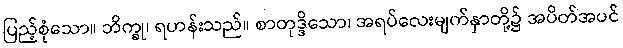
ပြည့်စုံသော။ ဘိက္ခု၊ ရဟန်းသည်။ စာတုဒ္ဒိသော၊ အရပ်လေးမျက်နှာတို့၌ အပိတ်အပင်